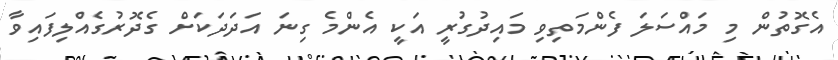
އެގޮތުން މި މައްސަލަ ފެންމަތިވި މައިދުގުރީ އަކީ އެންމެ ގިނަ އަދަދަކަށް ގެދޮރުގެއްލިފައިވާ